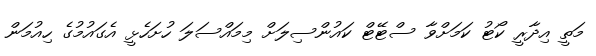
މަތީ އިދާރީ ކޯޓު ކަމަށްވާ ސްޓޭޓް ކައުންސިލަށް މިމައްސަލަ ހުށަހެޅީ އެގައުމުގެ ހިއުމަން